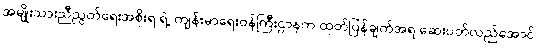
အမျိုးသားညီညွတ်ရေးအစိုးရ ရဲ့ ကျန်းမာရေးဝန်ကြီးဌာနက ထုတ်ပြန်ချက်အရ ဆေးပတ်လည်အောင်